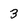
Character: 3